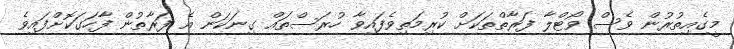
މީގެއިތުރުން ވެސް ވޯޓްލާ ފަރާތްތަކަށް ކުރިމަތިވެފައިވާ ހުރަސްތައް ގިނަކަން އެ ފަރާތުން ފާހަގަކޮށްފައިވެ